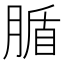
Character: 腯